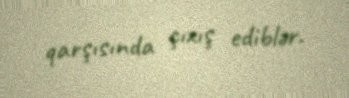
qarşısında çıxış ediblər.